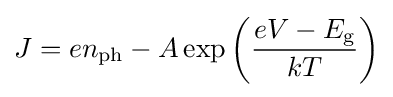
J=en_{\text{ph}}-A\exp \left({\frac {eV-E_{\text{g}}}{kT}}\right)